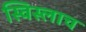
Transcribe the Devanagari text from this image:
स्विस्लाच